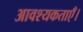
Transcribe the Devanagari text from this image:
आवश्यकताएँ।